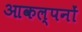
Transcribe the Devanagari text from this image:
आकल्पनों